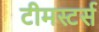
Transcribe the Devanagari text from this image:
टीमस्टर्स